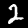
Digit: 2